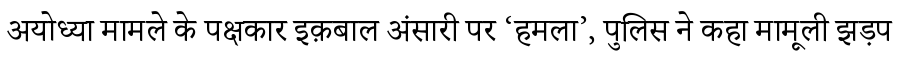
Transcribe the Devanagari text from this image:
अयोध्या मामले के पक्षकार इक़बाल अंसारी पर ‘हमला’, पुलिस ने कहा मामूली झड़प